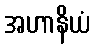
အဟာနိယံ